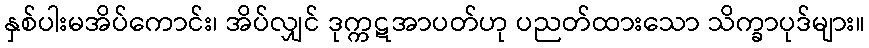
နှစ်ပါးမအိပ်ကောင်း၊ အိပ်လျှင် ဒုက္ကဋအာပတ်ဟု ပညတ်ထားသော သိက္ခာပုဒ်များ။